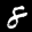
Label: 8